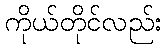
ကိုယ်တိုင်လည်း